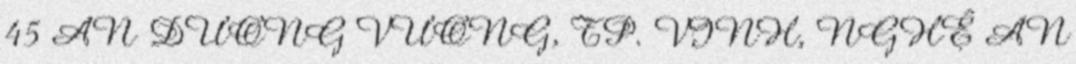
45 AN DƯƠNG VƯƠNG, TP. VINH, NGHỆ AN